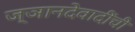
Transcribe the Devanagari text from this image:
ज्ञानदेवादींची